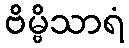
ဗိမ္ဗိသာရံ